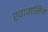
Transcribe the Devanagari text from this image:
खामसिन